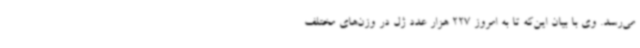
می‌رسد. وی با بیان این‌که تا به امروز 227 هزار عدد ژل در وزن‌های مختلف